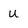
Character: U